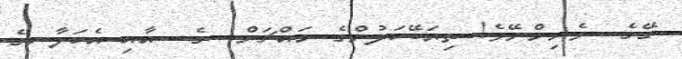
ގޭގެ  ވެރިންނޭވެ! ތިޔަބޭކަލުންގެ މައްޗަށް  ގެ  އާއި އެކަލާނގެ